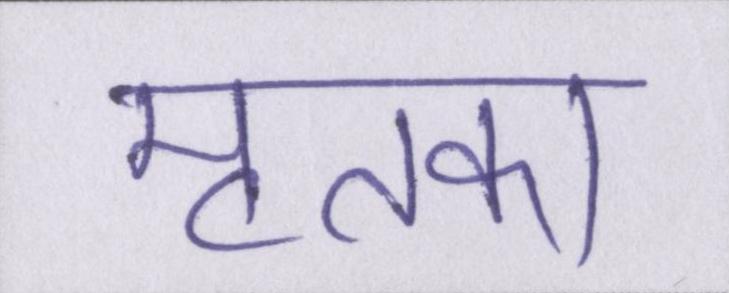
मृतका